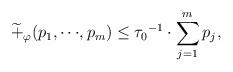
LaTeX: \begin{align*} {\widetilde{+}_{\varphi}(p_1,\cdots\!,p_m)}\leq {\tau_0}^{-1} \cdot {\sum_{j=1}^m p_j}, \end{align*}